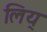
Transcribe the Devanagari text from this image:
लिय्